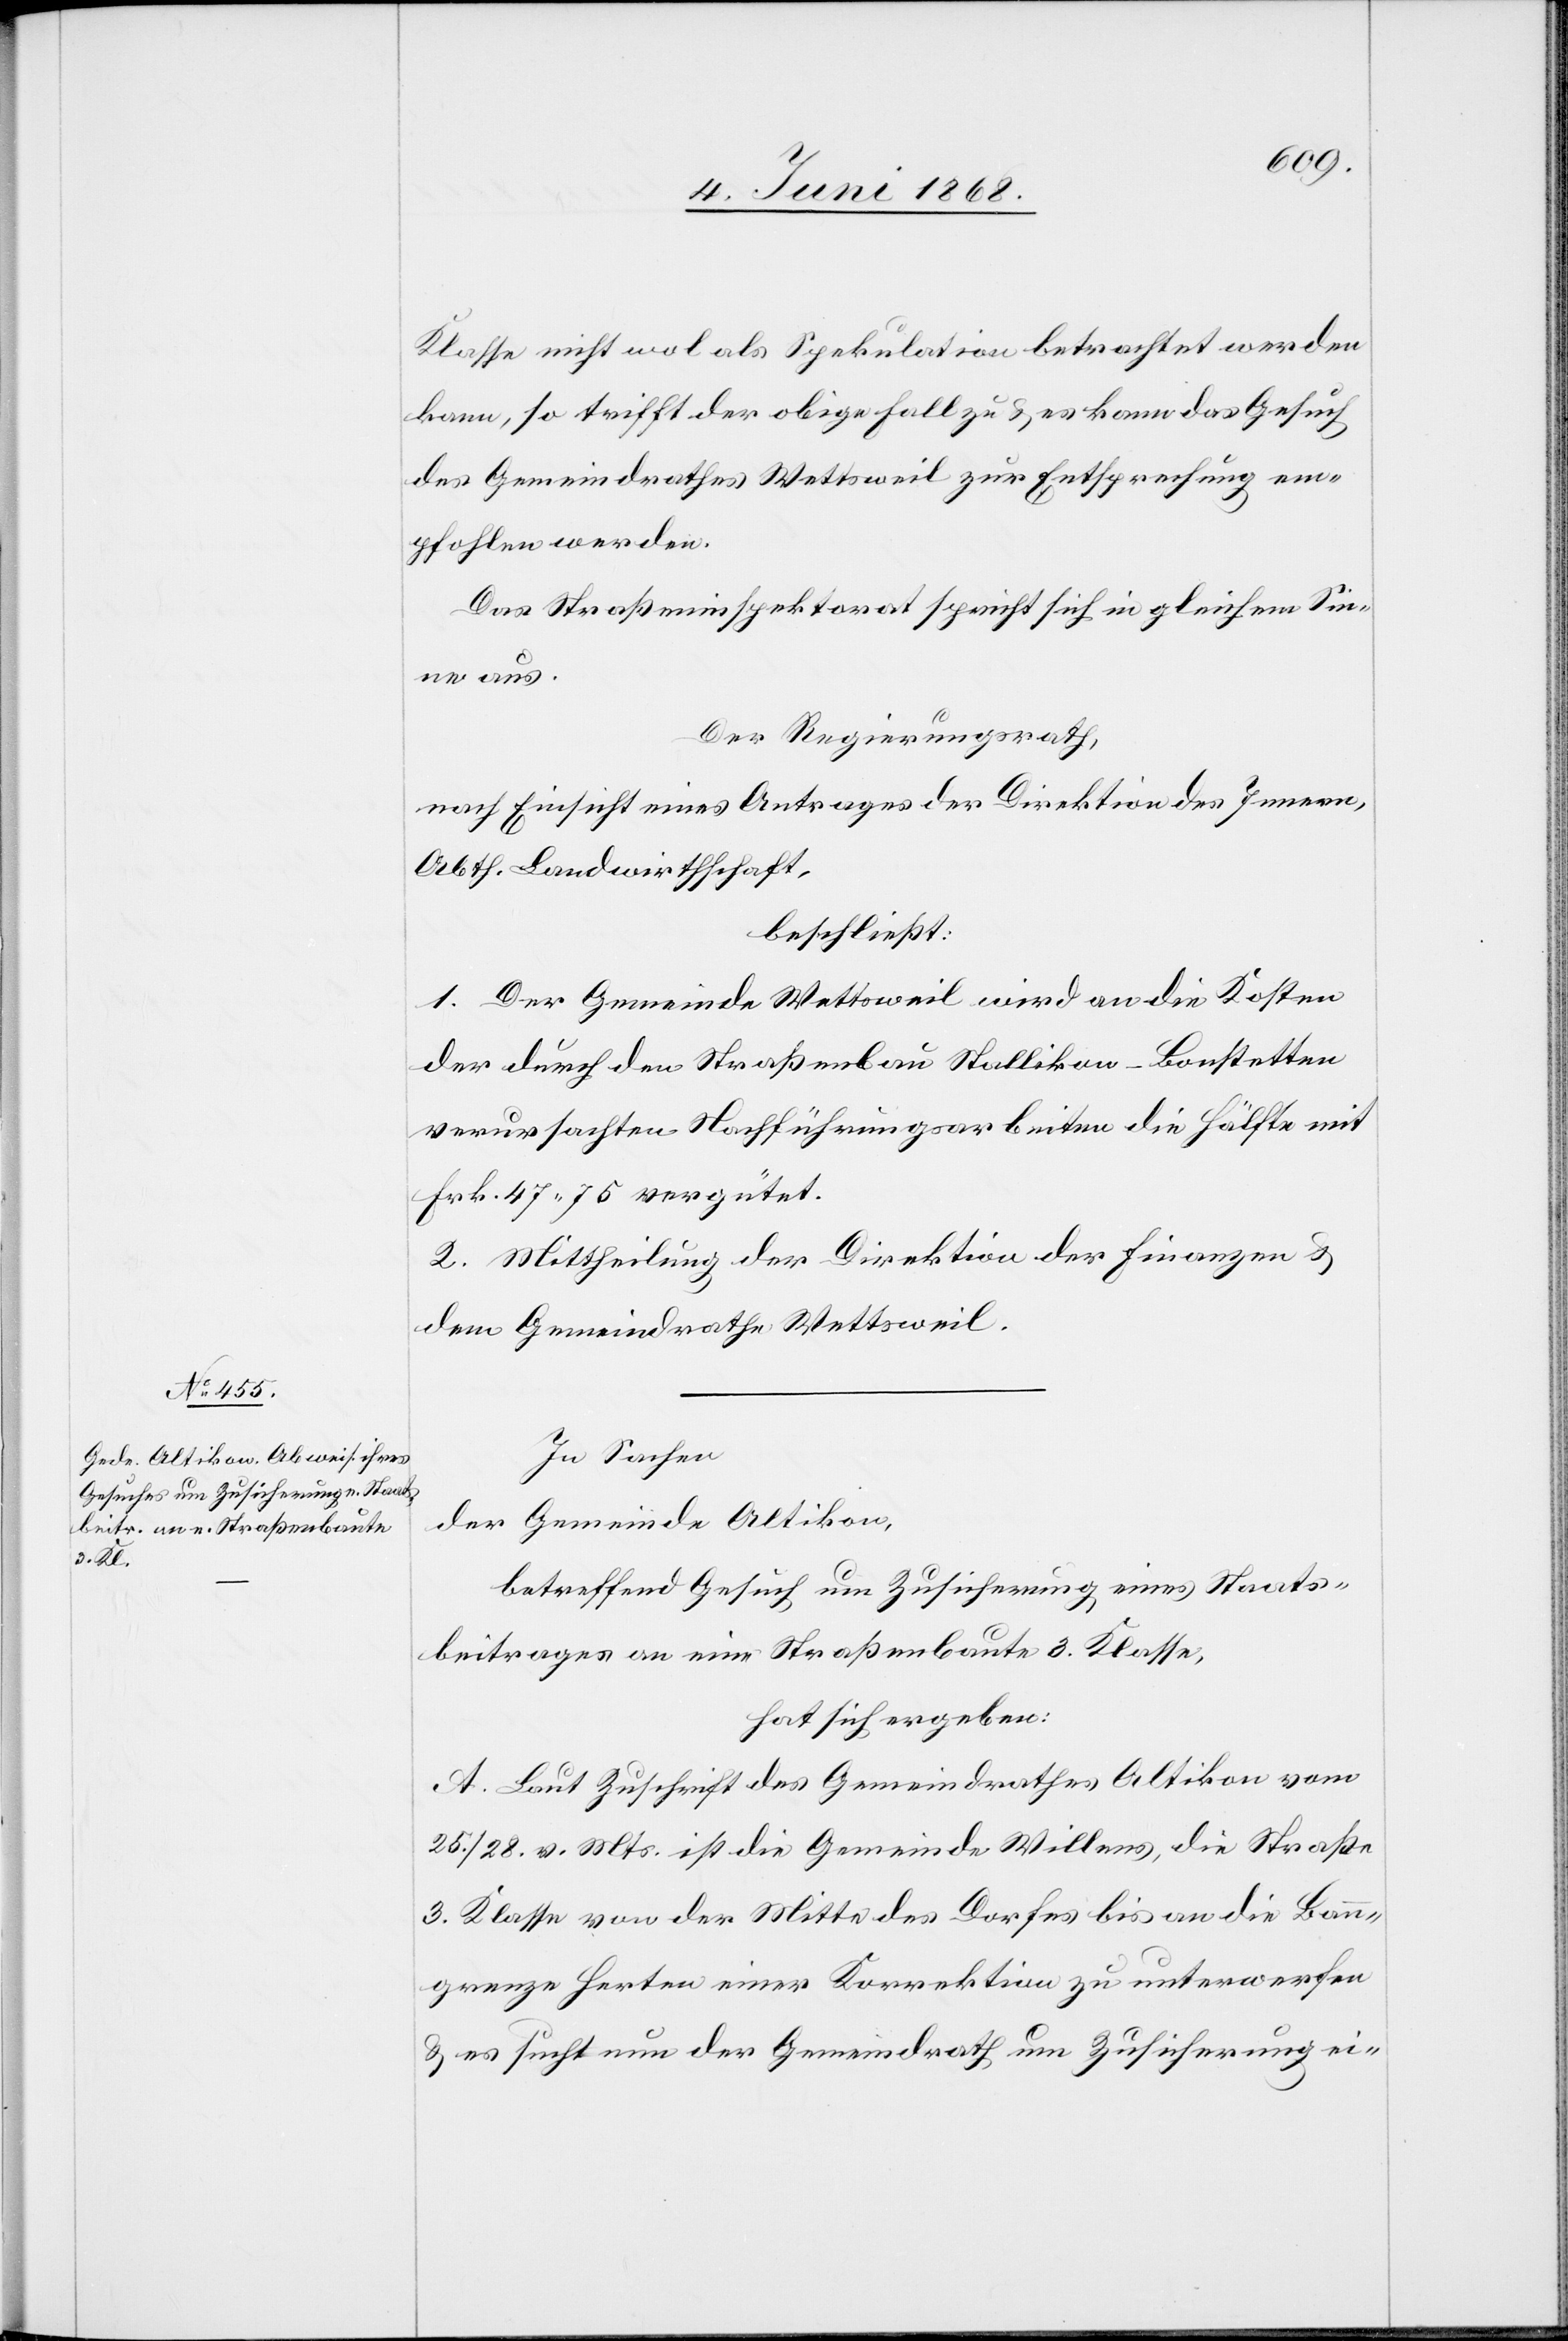
Klasse nicht wol als Spekulation betrachtet werden
kann, so trifft der obige Fall zu & es kann das Gesuch
des Gemeindrathes Wettsweil zur Entsprechung em¬
pfohlen werden.
Das Straßeninspektorat spricht sich in gleichem Sin¬
ne aus.
Der Regierungsrath,
nach Einsicht eines Antrages der Direktion des Innern,
Abth. Landwirthschaft,
beschließt:
1. Der Gemeinde Wettsweil wird an die Kosten
der durch den Straßenbau Stallikon-Bonstetten
verursachten Nachführungsarbeiten die Hälfte mit
Frk. 47. 75 vergütet.
2. Mittheilung der Direktion der Finanzen &
dem Gemeindrathe Wettsweil.
In Sachen
der Gemeinde Altikon,
betreffend Gesuch um Zusicherung eines Staats¬
beitrages an eine Straßenbaute 3. Klasse,
hat sich ergeben:
A. Laut Zuschrift des Gemeindrathes Altikon vom
25./28. v. Mts. ist die Gemeinde Willens, die Straße
3. Klasse von der Mitte des Dorfes bis an die Bann¬
grenze Herten einer Korrektion zu unterwerfen
& es sucht nun der Gemeindrath um Zusicherung ei-